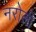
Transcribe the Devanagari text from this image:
नरोली